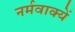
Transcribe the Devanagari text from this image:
नर्मवाक्यें